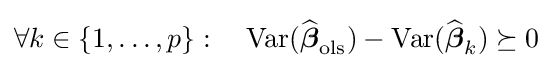
\forall k\in \{1,\ldots ,p\}:\quad \operatorname {Var} ({\widehat {\boldsymbol {\beta }}}_{\mathrm {ols} })-\operatorname {Var} ({\widehat {\boldsymbol {\beta }}}_{k})\succeq 0